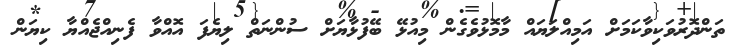
ތަންދޮރުވަކިވާކަމަށް އަމިއްލަޔައް މާމޮޅުވެގެން މިއުޅޭ ބޭފުޅާޔަށް ސުންނަތް ލިޔެފަ އޮއްވާ ފެނިއްޖެއްޔާ ކިޔަން